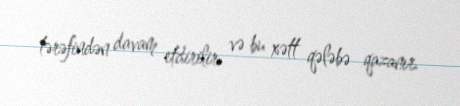
tərəfindən davam etdirilir və bu xətt qələbə qazanır.